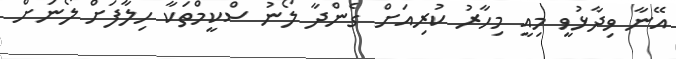
އޭނާ ވިދާޅުވީ މިއީ މިހާރު ކުރިއަށް ގެންދާ ލޯނު ސްކީމްތަކާ ހިލާފަށް ލޯނަށް